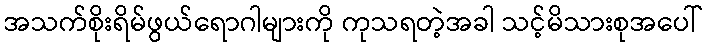
အသက်စိုးရိမ်ဖွယ်ရောဂါများကို ကုသရတဲ့အခါ သင့်မိသားစုအပေါ်